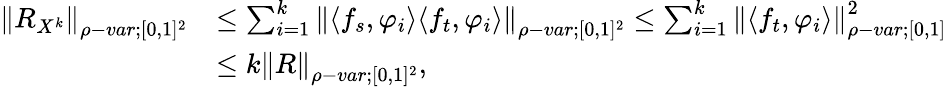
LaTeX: \begin{array}{rl}{{\left\lVert{R_{X^{k}}}\right\rVert}_{\rho-var;[0,1]^{2}}}&{\leq\sum_{i=1}^{k}{\left\lVert{\langle f_{s},\varphi_{i}\rangle\langle f_{t},\varphi_{i}\rangle}\right\rVert}_{\rho-var;[0,1]^{2}}\leq\sum_{i=1}^{k}{\left\lVert{\langle f_{t},\varphi_{i}\rangle}\right\rVert}_{\rho-var;[0,1]}^{2}}\\ &{\leq k{\left\lVert{R}\right\rVert}_{\rho-var;[0,1]^{2}},}\end{array}